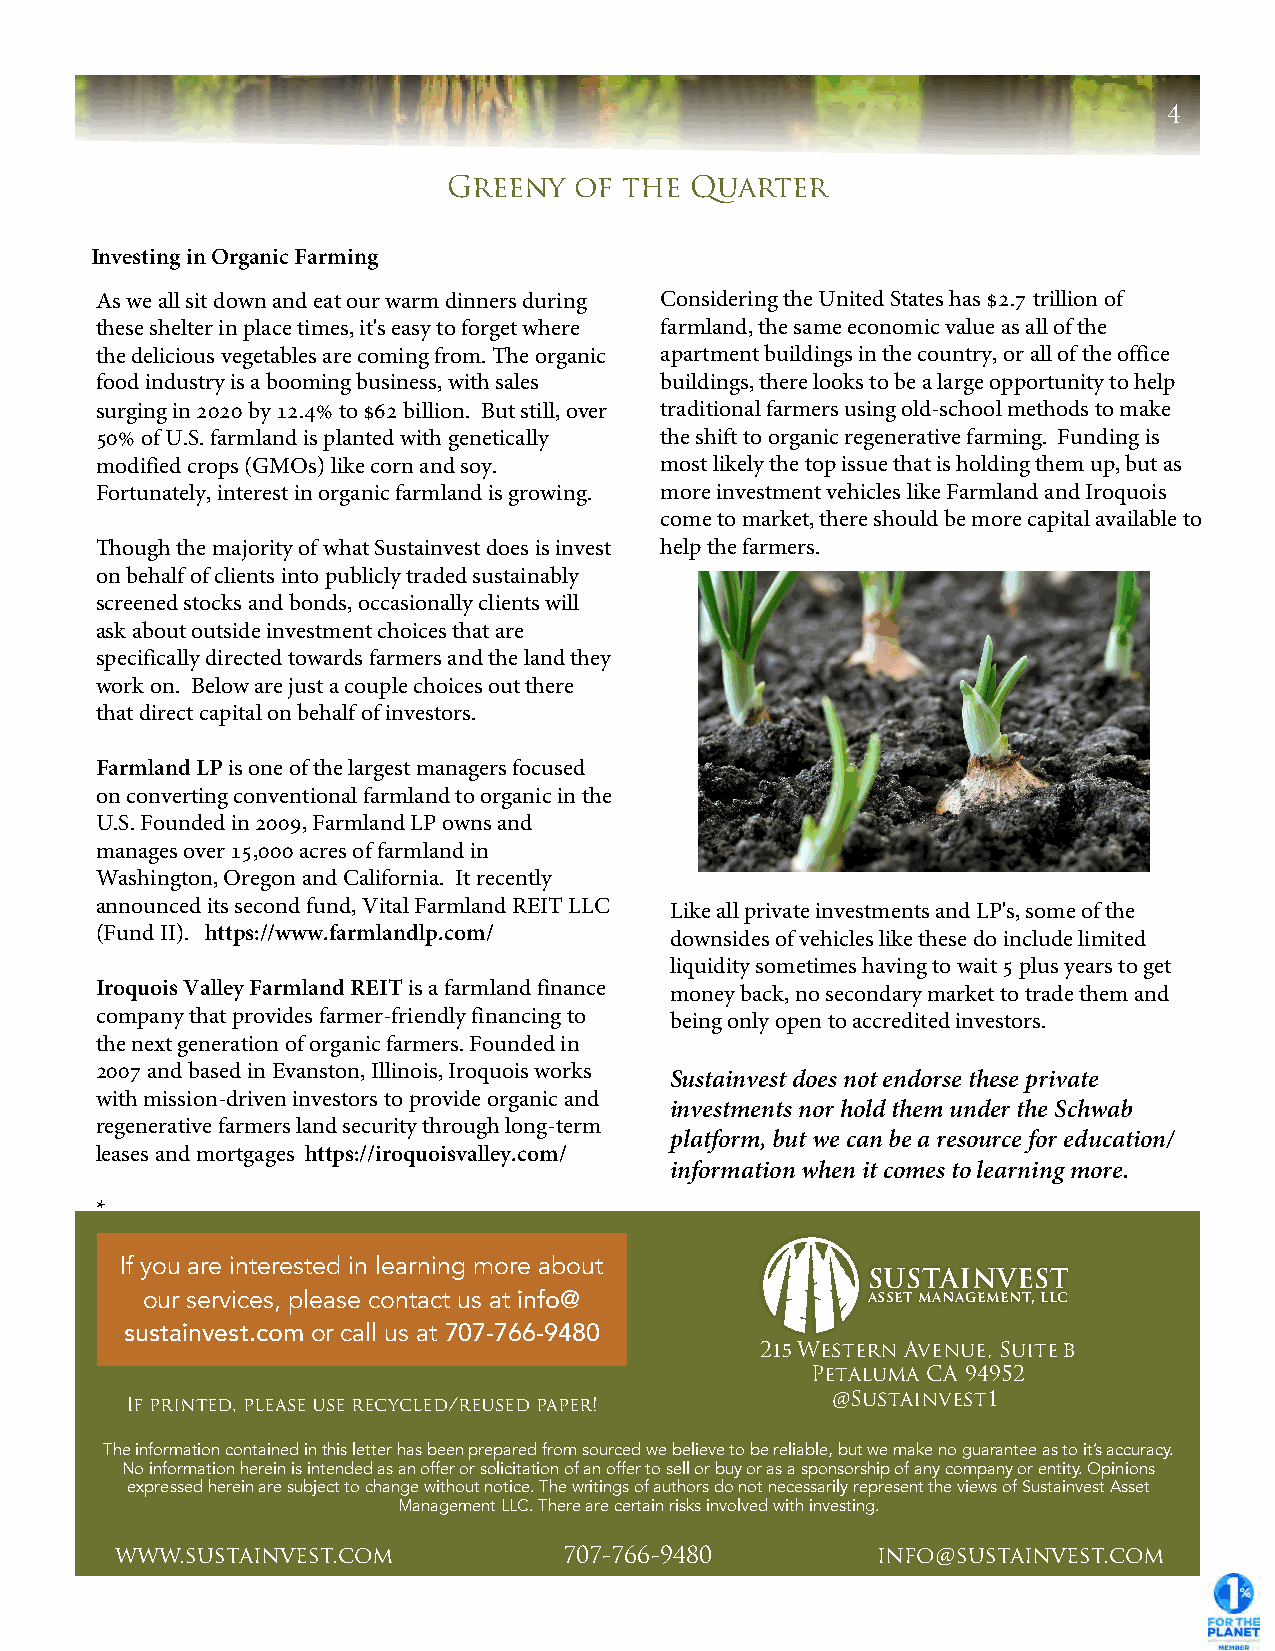
4
 Greeny  of the  Quarter
 Investing in Organic Farming
 As we all sit down and eat our warm dinners during Considering the United States has $2.7 trillion of
 these shelter in place times, it's easy to forget where farmland, the same economic value as all of the
 the delicious vegetables are coming from. The organic apartment buildings in the country, or all of the office
 food industry is a booming business, with sales buildings, there looks to be a large opportunity to help
 surging in 2020 by 12.4% to $62 billion. But still, over traditional farmers using old-school methods to make
 50% of U.S. farmland is planted with genetically the shift to organic regenerative farming. Funding is
 modified crops (GMOs) like corn and soy. most likely the top issue that is holding them up, but as
 Fortunately, interest in organic farmland is growing. more investment vehicles like Farmland and Iroquois
 come to market, there should be more capital available to
 Though the majority of what Sustainvest does is invest help the farmers.
 on behalf of clients into publicly traded sustainably
 screened stocks and bonds, occasionally clients will
 ask about outside investment choices that are
 specifically directed towards farmers and the land they
 work on. Below are just a couple choices out there
 that direct capital on behalf of investors.
 Farmland LP is one of the largest managers focused
 on converting conventional farmland to organic in the
 U.S. Founded in 2009, Farmland LP owns and
 manages over 15,000 acres of farmland in
 Washington, Oregon and California. It recently
 announced its second fund, Vital Farmland REIT LLC Like all private investments and LP's, some of the
 (Fund II). https://www.farmlandlp.com/ downsides of vehicles like these do include limited
 liquidity sometimes having to wait 5 plus years to get
 Iroquois Valley Farmland REIT is a farmland finance money back, no secondary market to trade them and
 company that provides farmer-friendly financing to being only open to accredited investors.
 the next generation of organic farmers. Founded in
 2007 and based in Evanston, Illinois, Iroquois works
 Sustainvest does not endorse these private
 with mission-driven investors to provide organic and
 investments nor hold them under the Schwab
 regenerative farmers land security through long-term
 platform, but we can be a resource for education/
 leases and mortgages https://iroquoisvalley.com/
 information when it comes to learning more.
 *
 If you are interested in learning more about
 SUSTAINVEST
 our services, please contact us at info@        asset management, llc
 sustainvest.com or call us at 707-766-9480
 215 Western Avenue, Suite B
 Petaluma CA 94952
 @Sustainvest1
 If printed, please use recycled/reused paper!
 The information contained in this letter has been prepared from sourced we believe to be reliable, but we make no guarantee as to it’s accuracy.
 No information herein is intended as an offer or solicitation of an offer to sell or buy or as a sponsorship of any company or entity. Opinions
 expressed herein are subject to change without notice. The writings of authors do not necessarily represent the views of Sustainvest Asset
 Management LLC. There are certain risks involved with investing.
 www.sustainvest.com          707-766-9480         info@sustainvest.com